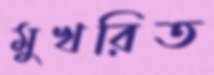
মুখরিত